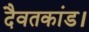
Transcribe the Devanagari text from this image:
दैवतकांड।